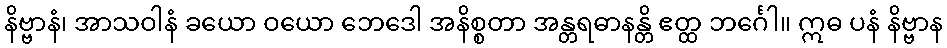
နိဗ္ဗာနံ၊ အာသဝါနံ ခယော ဝယော ဘေဒေါ အနိစ္စတာ အန္တရဓာနန္တိ ဧတ္ထ ဘင်္ဂေါ။ ဣဓ ပနံ နိဗ္ဗာန